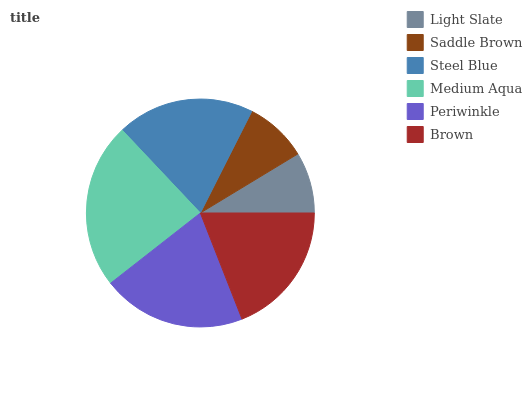
| Light Slate | Saddle Brown | Steel Blue | Medium Aqua | Periwinkle | Brown |
 | --- | --- | --- | --- | --- | --- |
 | 8.67% | 8.88% | 19.4% | 23.6% | 20.4% | 19.1% |